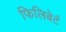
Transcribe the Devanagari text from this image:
फिलिबेर्ट